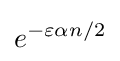
e^{-\varepsilon \alpha n/2}\,\!